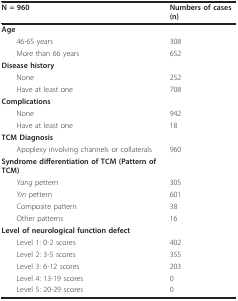
<table><thead><tr><td><b>N = 960</b></td><td><b>Numbers of cases(n)</b></td></tr></thead><tbody><tr><td><b>Age</b></td><td></td></tr><tr><td> 46-65 years</td><td>308</td></tr><tr><td> More than 66 years</td><td>652</td></tr><tr><td><b>Disease history</b></td><td></td></tr><tr><td> None</td><td>252</td></tr><tr><td> Have at least one</td><td>708</td></tr><tr><td><b>Complications</b></td><td></td></tr><tr><td> None</td><td>942</td></tr><tr><td> Have at least one</td><td>18</td></tr><tr><td><b>TCM Diagnosis</b></td><td></td></tr><tr><td> Apoplexy involving channels or collaterals</td><td>960</td></tr><tr><td><b>Syndrome differentiation of TCM (Pattern of TCM)</b></td><td></td></tr><tr><td> <i>Yang </i>pettern</td><td>305</td></tr><tr><td> <i>Yin </i>pettern</td><td>601</td></tr><tr><td> Composite pattern</td><td>38</td></tr><tr><td> Other patterns</td><td>16</td></tr><tr><td><b>Level of neurological function defect</b></td><td></td></tr><tr><td> Level 1: 0-2 scores</td><td>402</td></tr><tr><td> Level 2: 3-5 scores</td><td>355</td></tr><tr><td> Level 3: 6-12 scores</td><td>203</td></tr><tr><td> Level 4: 13-19 scores</td><td>0</td></tr><tr><td> Level 5: 20-29 scores</td><td>0</td></tr></tbody></table>